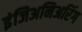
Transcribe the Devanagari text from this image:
इंजिअनिअरिंग